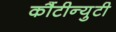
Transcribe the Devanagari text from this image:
कौंटीन्युटी